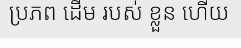
ប្រភព ដើម របស់ ខ្លួន ហើយ